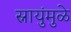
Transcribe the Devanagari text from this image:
स्नायुंमुळे